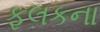
ફલકના